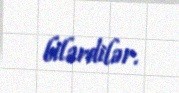
bilərdilər.